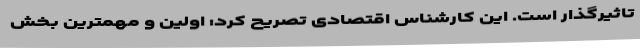
تاثیرگذار است. این کارشناس اقتصادی تصریح کرد: اولین و مهمترین بخش